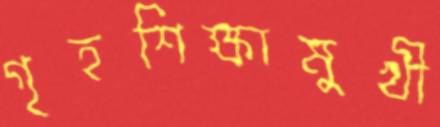
গৃহশিক্ষামুখী